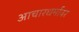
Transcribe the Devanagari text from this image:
आचारधर्मावर